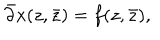
LaTeX: \bar { \partial } x ( z , \bar { z } ) = f ( z , \bar { z } ) ,